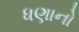
ધણાનો